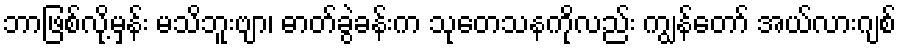
ဘာဖြစ်လို့မှန်း မသိဘူးဗျာ၊ ဓာတ်ခွဲခန်းက သုတေသနကိုလည်း ကျွန်တော် အယ်လားဂျစ်